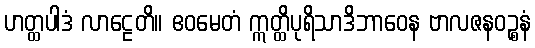
ဟတ္ထပါဒံ လာဠေတိ။ ဧဝမေတံ ဣတ္ထိပုရိသာဒိဘာဝေန ဗာလဇနဝဉ္စနံ